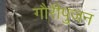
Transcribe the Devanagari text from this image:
गौरीपुजन